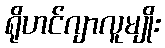
ရိုဟင်ဂျာလူမျိုး